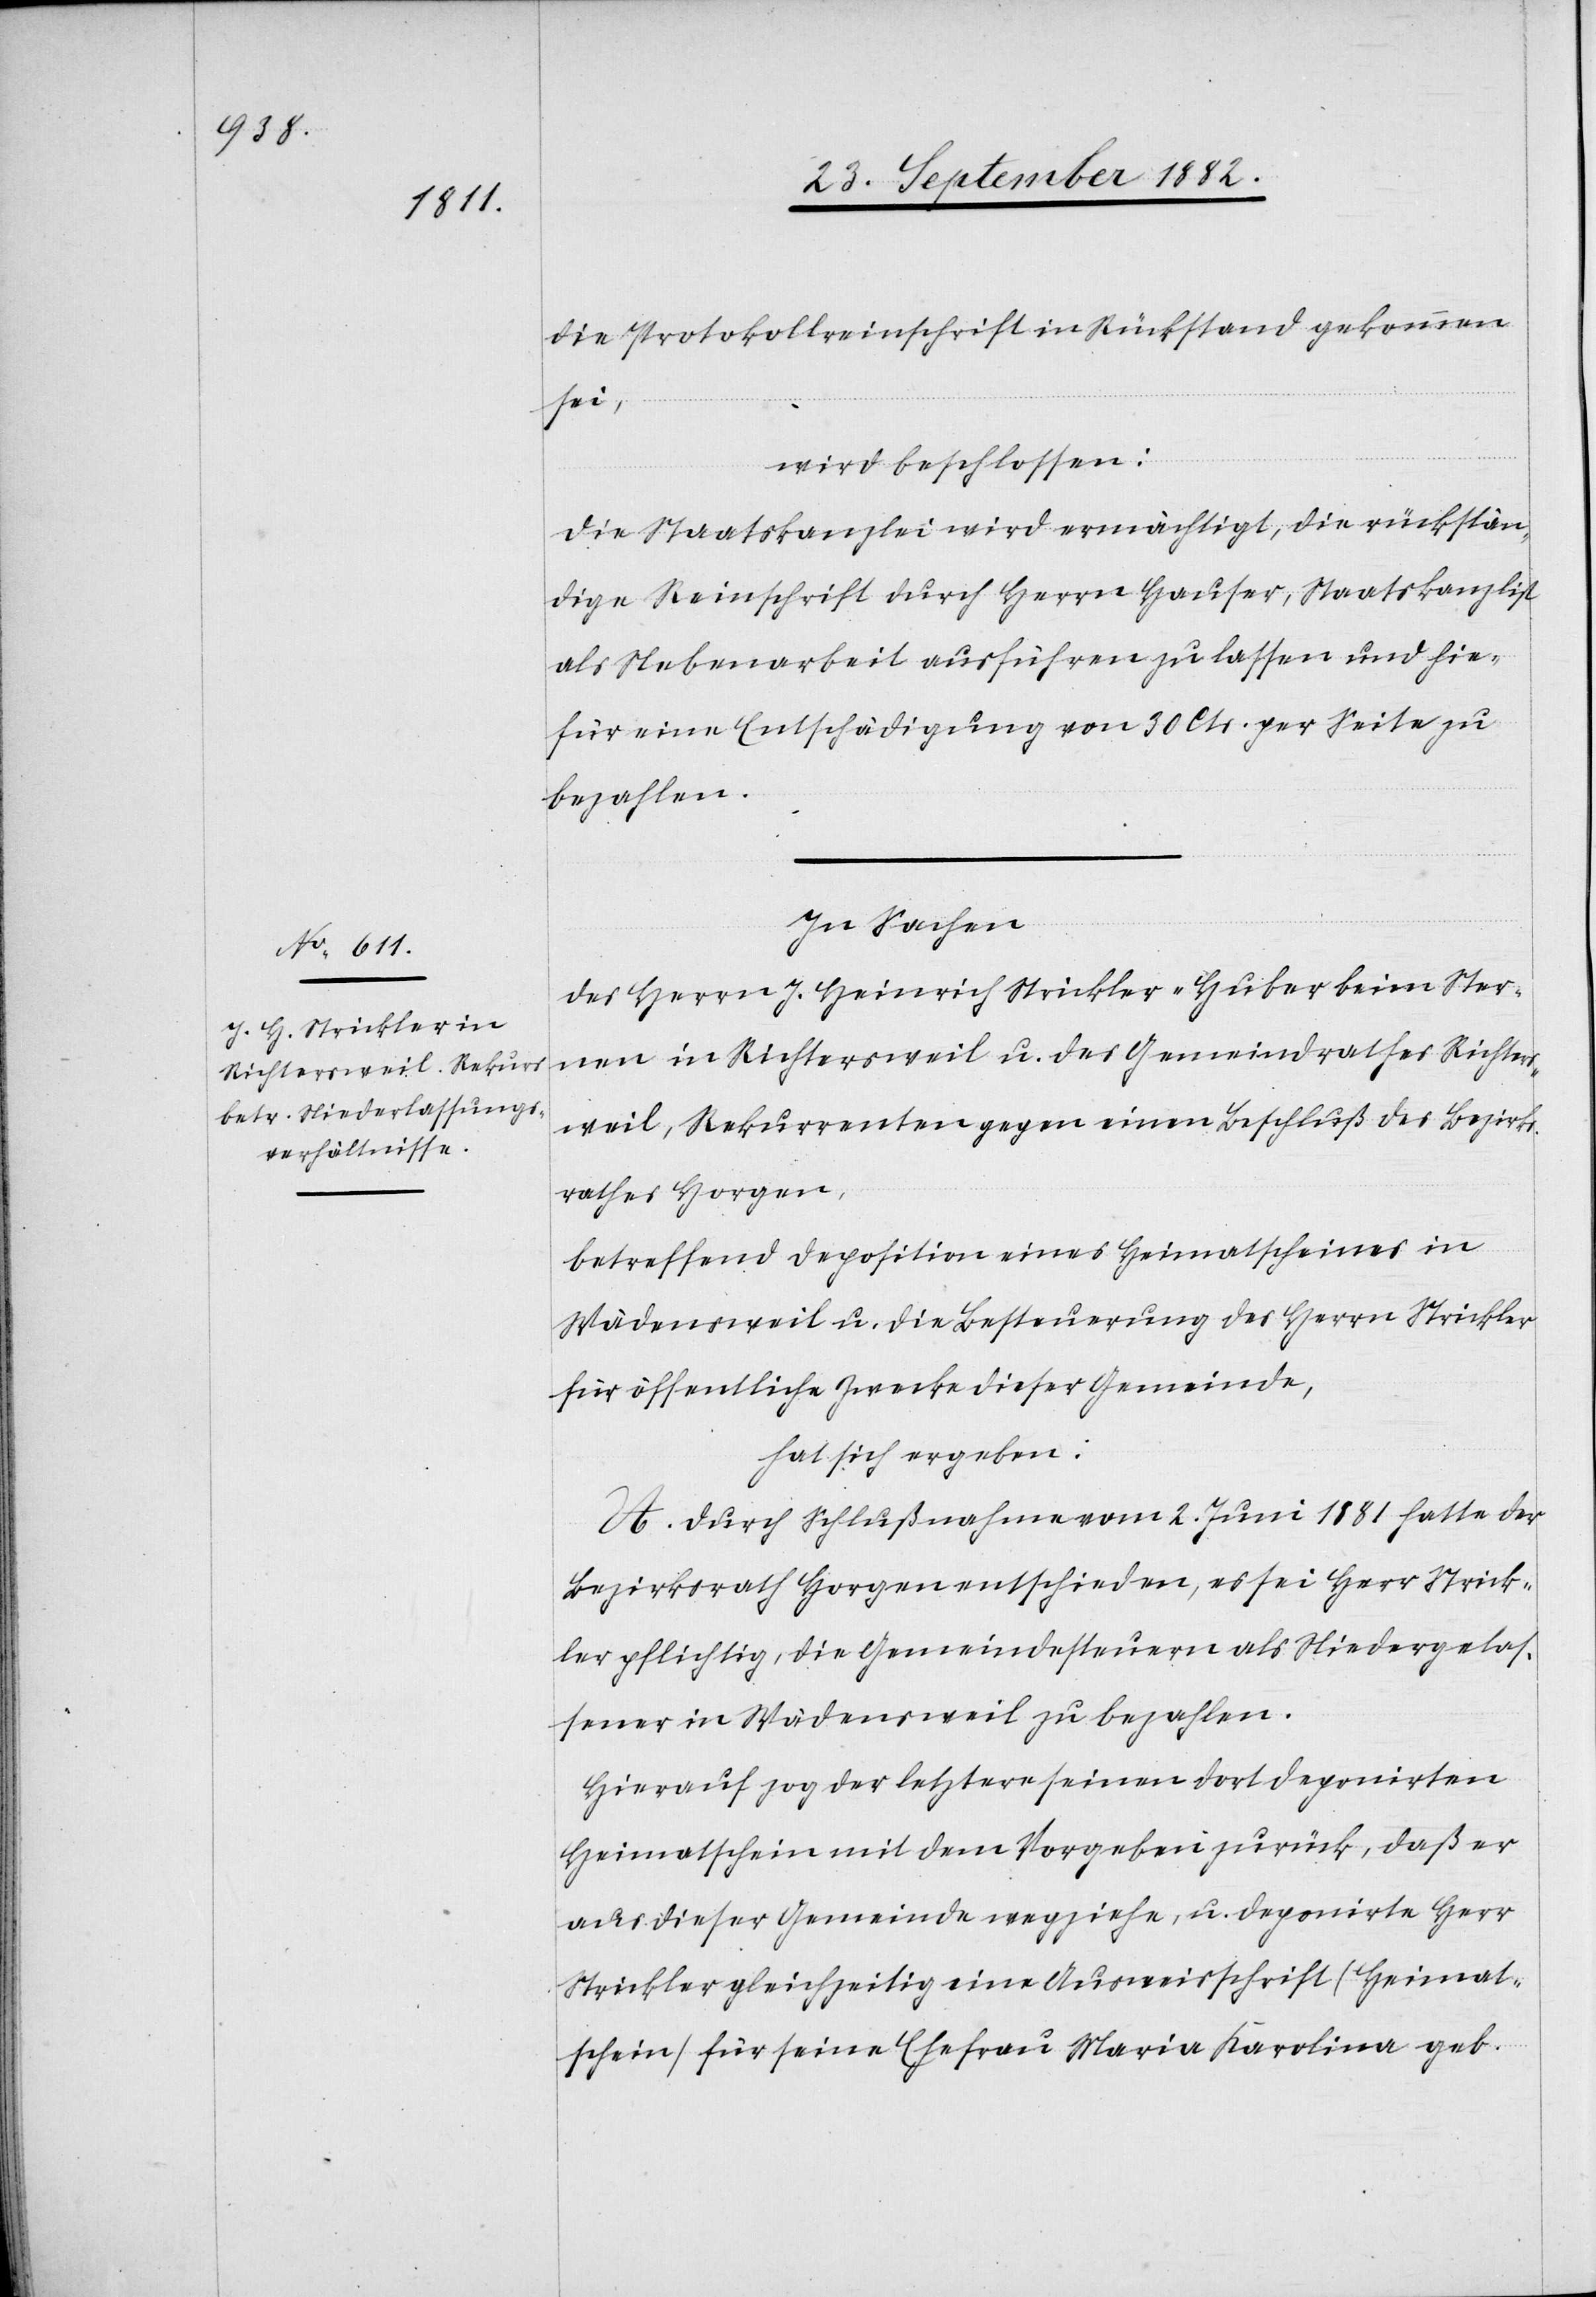
die Protokollreinschrift in Rückstand gekommen
sei,
wird beschlossen:
Die Staatskanzlei wird ermächtigt, die rückstän¬
dige Reinschrift durch Herrn Hauser, Staatskanzlist
als Nebenarbeit ausführen zu lassen und hie¬
für eine Entschädigung von 30 Cts. per Seite zu
bezahlen.
In Sachen
des Herrn J. Heinrich Strickler-Huber beim Ster¬
nen in Richtersweil u. des Gemeindrathes Richters¬
weil, Rekurrenten gegen einen Beschluß des Bezirks¬
rathes Horgen,
betreffend Deposition eines Heimatscheines in
Wädensweil u. die Besteuerung des Herrn Strickler
für öffentliche Zwecke dieser Gemeinde,
hat sich ergeben:
A. Durch Schlußnahme vom 2. Juni 1881 hatte der
Bezirksrath Horgen entschieden, es sei Herr Strick¬
ler pflichtig, die Gemeindesteuern als Niedergelas¬
sener in Wädensweil zu bezahlen.
Hierauf zog der letztere seinen dort deponirten
Heimatschein mit dem Vorgeben zurück, daß er
aus dieser Gemeinde wegziehe, u. deponirte Herr
Strickler gleichzeitig eine Ausweisschrift (Heimat¬
schein) für seine Ehefrau Maria Karolina geb.